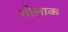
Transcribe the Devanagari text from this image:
गोलाक